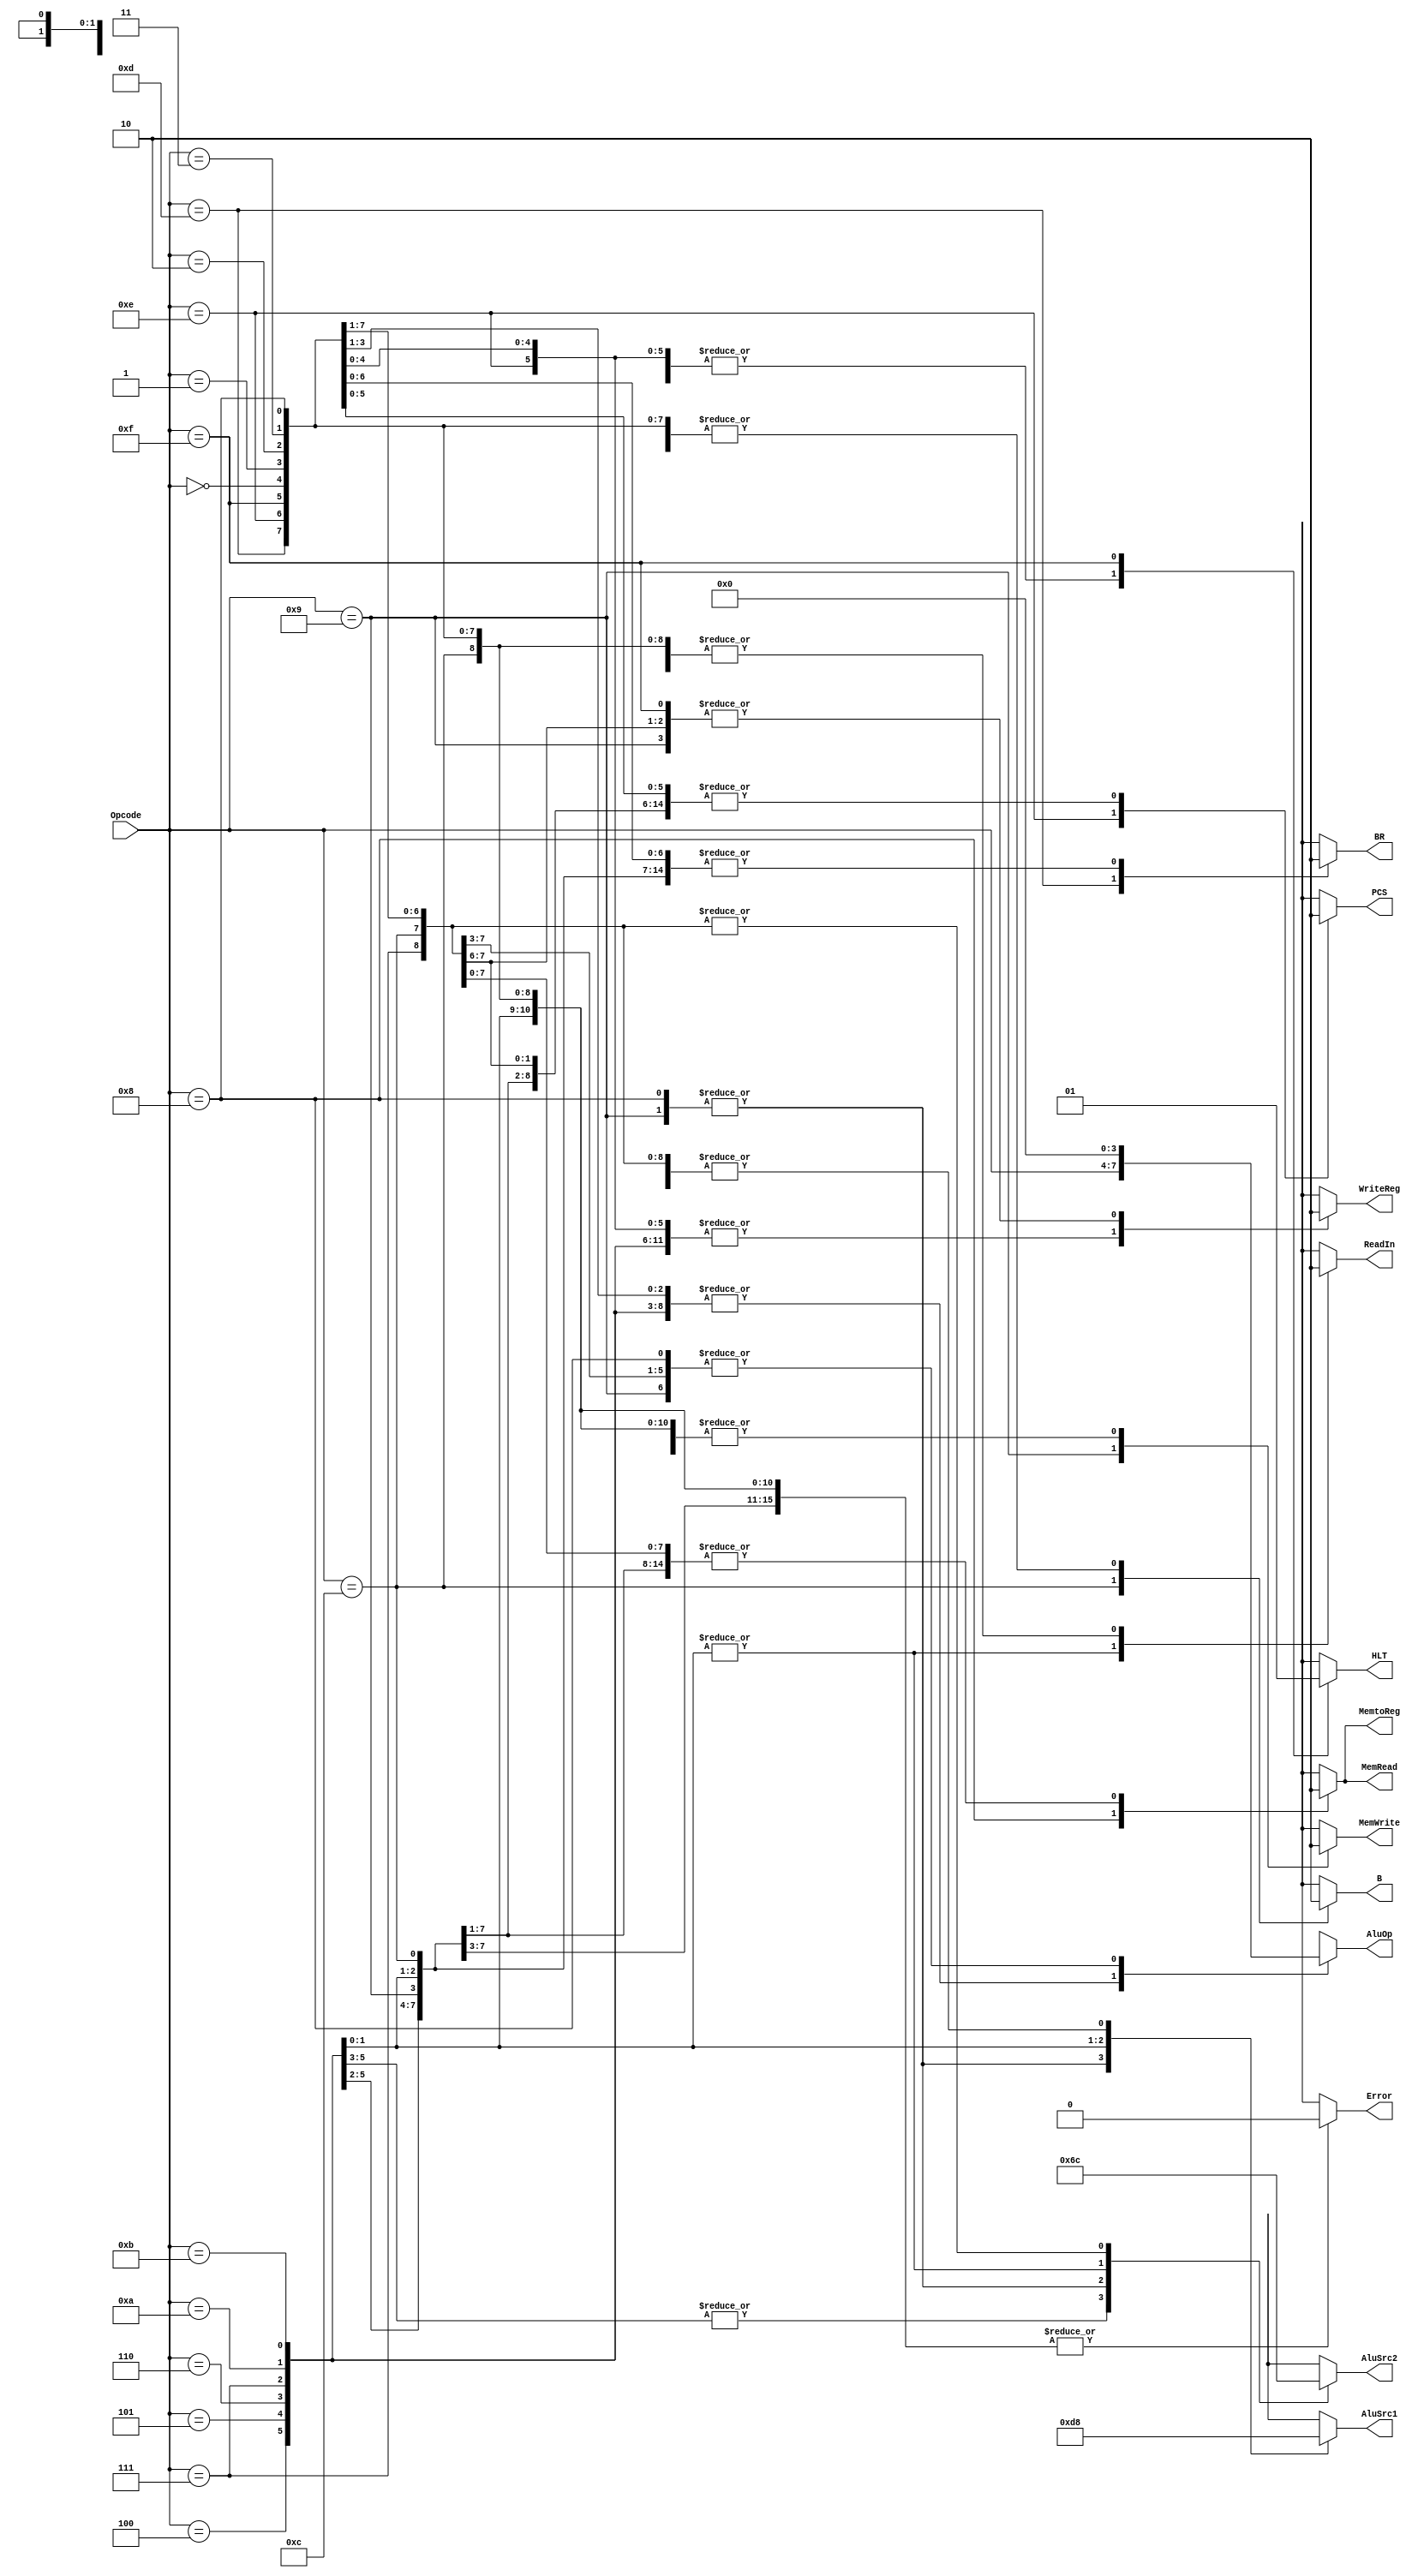
module control(Opcode,ReadIn, WriteReg, PCS, AluSrc1, AluSrc2, MemtoReg, MemRead, MemWrite, B, BR, HLT, AluOp, Error);
input [3:0] Opcode;
output reg ReadIn, WriteReg, PCS, MemtoReg, MemRead, MemWrite, B, BR, HLT, Error;
output reg [1:0] AluSrc1, AluSrc2;
output reg [3:0] AluOp;

always @(*) begin
    ReadIn = 1'b0;
    WriteReg = 1'b0;
    PCS = 1'b0;
    MemtoReg = 1'b0;
    MemRead = 1'b0;
    MemWrite = 1'b0;
    B = 1'b0;
    BR = 1'b0;
    HLT = 1'b0;
    Error = 1'b0;
    AluSrc1 = 2'b00;
    AluSrc2 = 2'b00;
    AluOp = 4'b0000;

    case(Opcode)
        4'b0000: begin     //ADD(Rtype)
            WriteReg = 1'b1;
        end 
        4'b0001: begin      //SUB(Rtype)
            WriteReg = 1'b1;
            AluOp = Opcode[3:0];
        end 
        4'b0010: begin      //XOR(Rtype)
            WriteReg = 1'b1;
            AluOp = Opcode[3:0];
        end 
        4'b0011: begin    //RED(Rtype)
            WriteReg = 1'b1;
            AluOp = Opcode[3:0];
        end 
        4'b0100: begin   //SLL(IType)
            WriteReg = 1'b1;
            AluOp = Opcode[3:0];
            AluSrc2 = 2'b01;
        end
        4'b0101: begin //SRA(IType)
            WriteReg = 1'b1;
            AluOp = Opcode[3:0];
            AluSrc2 = 2'b01;
        end
        4'b0110: begin //ROR(IType)
            WriteReg = 1'b1;
            AluOp = Opcode[3:0];
            AluSrc2 = 2'b01;
        end
        4'b0111: begin   //PADDSB(Rtype)
            WriteReg = 1'b1;
            AluOp = Opcode[3:0];
        end 
        4'b1000: begin   ///LW
            WriteReg = 1'b1;
            AluSrc1 = 2'b11;
            AluSrc2 = 2'b10;
            MemRead = 1'b1;
            MemtoReg = 1'b1;  
        end
        4'b1001: begin     ///SW
            AluSrc1 = 2'b11;
            AluSrc2 = 2'b10;
            MemWrite = 1'b1;
        end
        4'b1010: begin    //LLB
            ReadIn = 1'b1;
            WriteReg = 1'b1;
            AluSrc1 = 2'b01;
            AluSrc2 = 2'b11;
            AluOp = Opcode[3:0];
        end 
        4'b1011: begin ///LHB
            ReadIn = 1'b1;
            WriteReg = 1'b1;
            AluSrc1 = 2'b10;
            AluSrc2 = 2'b11;
            AluOp = Opcode[3:0];
        end 
        4'b1100: begin //B
            B = 1'b1;
        end
        4'b1101: begin //BR
            BR =1'b1;
        end
        4'b1110: begin //PCS
            WriteReg = 1'b1;
            PCS = 1'b1;
        end 
        4'b1111: begin //HLT
            HLT = 1'b1;
        end
        default: begin
            Error = 1'b1;
        end 
    endcase
end

endmodule